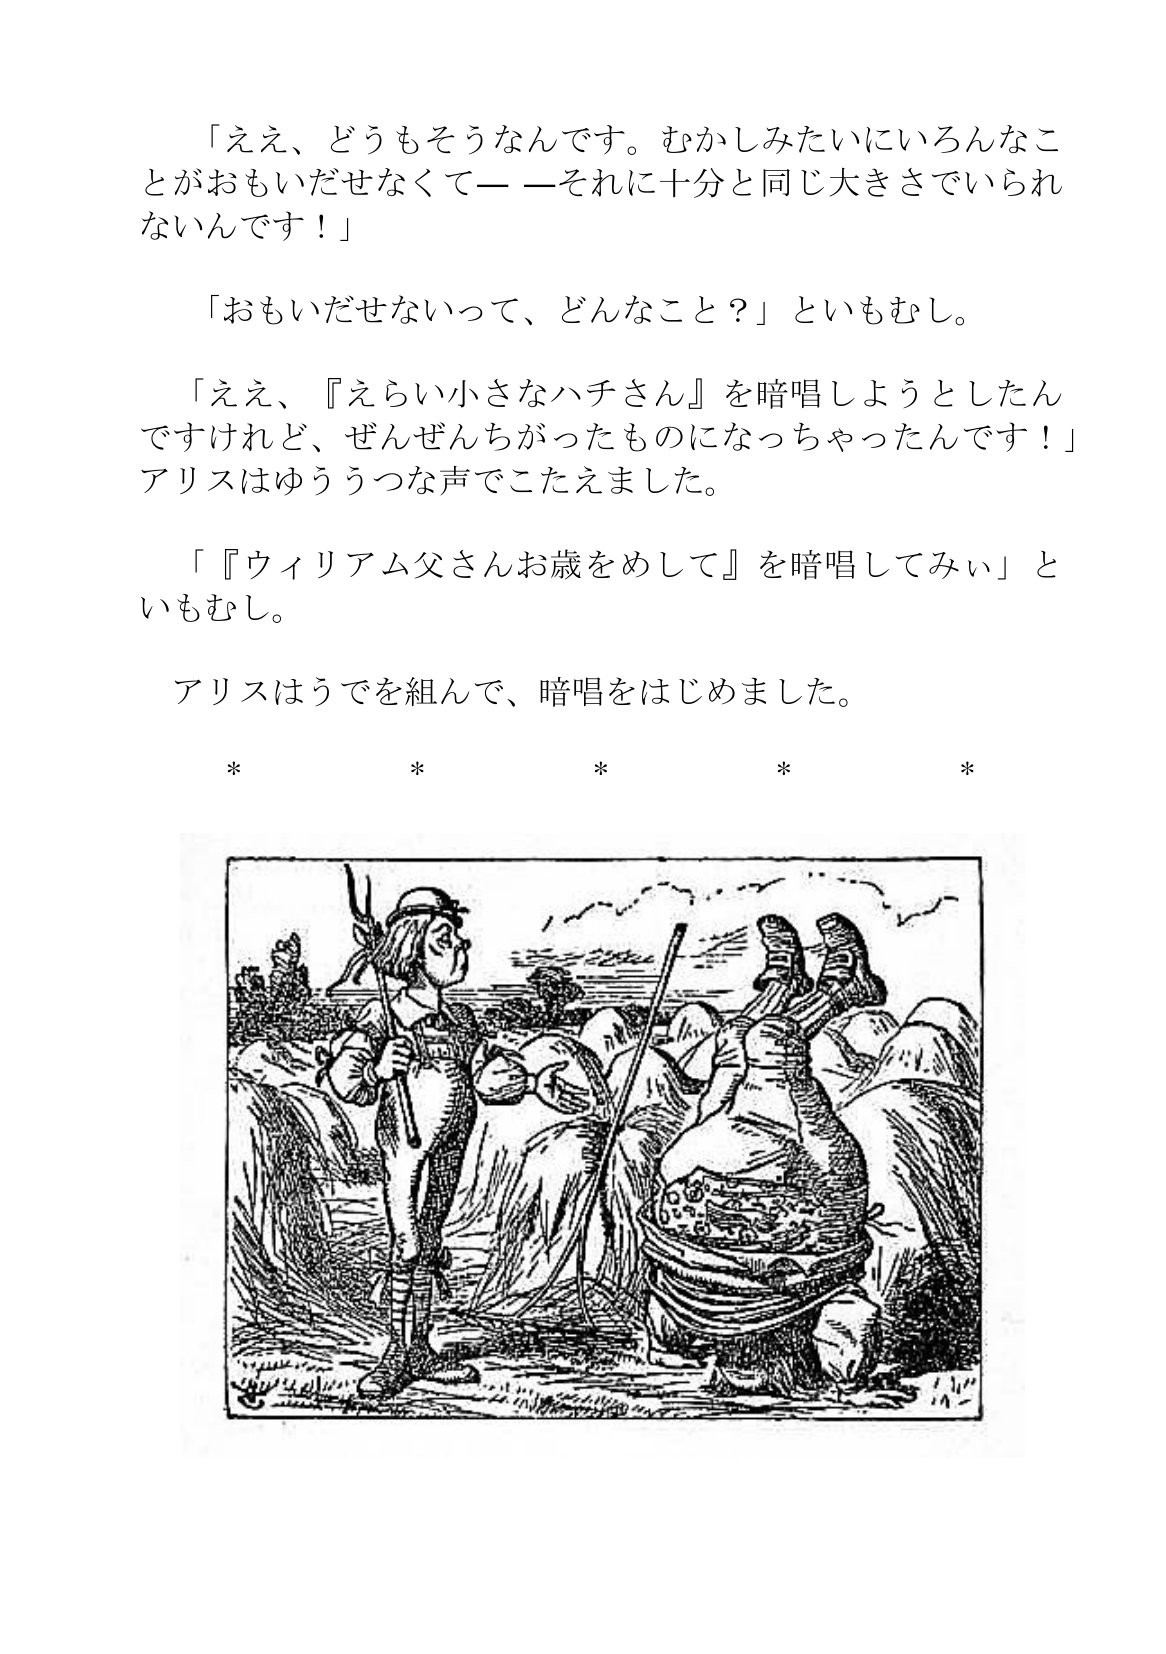
Language: ja